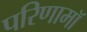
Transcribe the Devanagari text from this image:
परिणामॉ